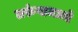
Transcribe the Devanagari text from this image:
तरुंगामध्ये